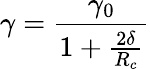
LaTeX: \gamma=\frac{\gamma_{0}}{1+\frac{2\delta}{R_{c}}}